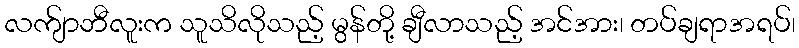
လက်ျာဘီလူးက သူသိလိုသည့် မွန်တို့ ချီလာသည့် အင်အား၊ တပ်ချရာအရပ်၊